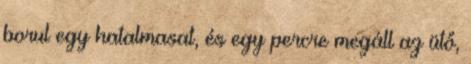
borul egy hatalmasat, és egy percre megáll az ütő,